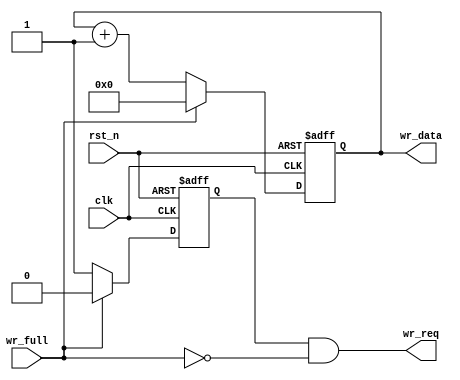
`timescale 1ns / 1ps
//////////////////////////////////////////////////////////////////////////////////
// Company: 
// Engineer: 
// 
// Design Name: 
// Module Name: fifo_wr
// Project Name: 
// Target Devices: 
// Tool Versions: 
// Description: 
// 
// Dependencies: 
// 
// Revision:
// Revision 0.01 - File Created
// Additional Comments:
// 
//////////////////////////////////////////////////////////////////////////////////


module fifo_wr(
    input           clk,
    input           rst_n,
    input           wr_full,
    output          wr_req,
    output reg [7:0] wr_data
    );
    
    reg wr_req_t;
    
    assign wr_req = wr_req_t & (~wr_full);
    
    
    always@(posedge clk , negedge rst_n) begin
        if(!rst_n)
            wr_req_t <= 1'b0;
        else if(wr_full)
            wr_req_t <= 1'b0;
        else
            wr_req_t <= 1'b1;
    end
    
    always@(posedge clk , negedge rst_n) begin
        if(!rst_n)
            wr_data <= 8'd0;
        else if(wr_full)
            wr_data <= 8'd0;
        else
            wr_data <= wr_data+1'b1;
    end
    
    
    
    
endmodule